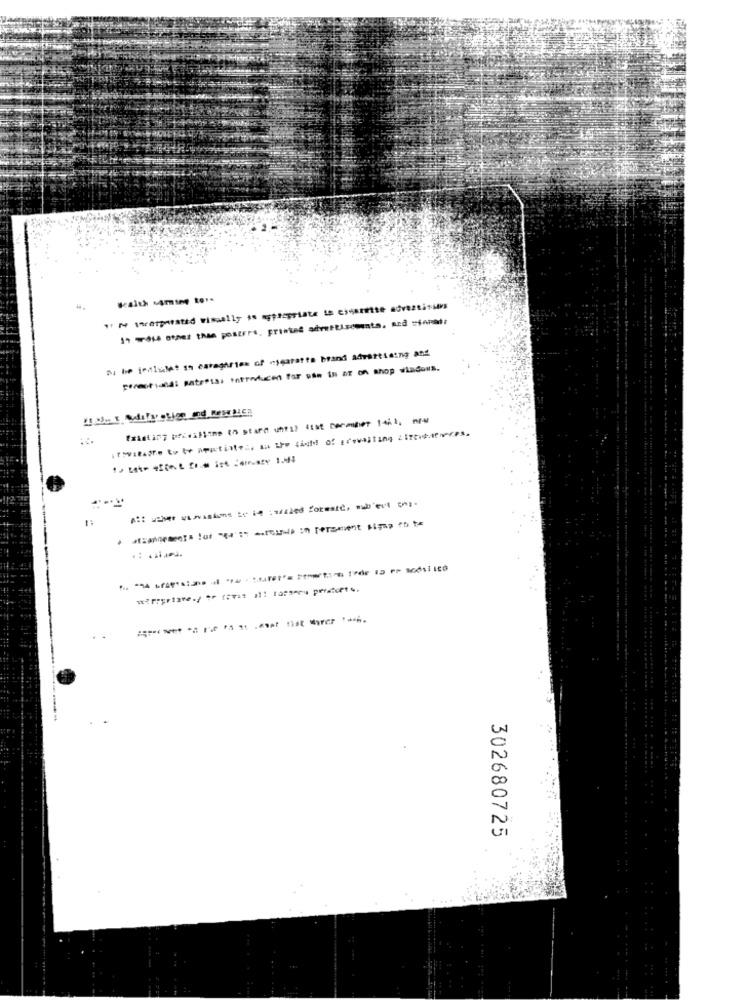
Health Mming to ..
I twarposted visually so appropriate in einernite advertisers
ai be ionluet in categories of cigaratte brand advertising and
perest,and: pats*18) introducen for pas in ar on shop windows.
302680725